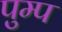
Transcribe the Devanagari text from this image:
पुम्प